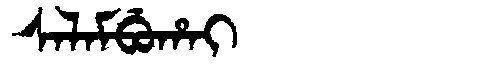
Manchu: ᠰᠠᠯᠠᠮᠪᡠᡥᠠᡳ
Romanization: SALAMBUHAI